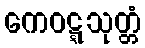
ကေဝဋ္ဋသုတ္တံ